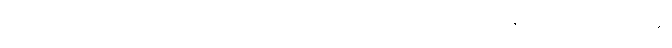
ကမ္ဘာမြေကြီး၏ ရှေးဦးသမိုင်းကာလတွင် အလင်းဖြင့် အစာချက်လုပ်နိုင်သည့် အပင်များ၏